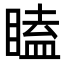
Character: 瞌